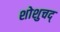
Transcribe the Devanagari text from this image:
शोशुचद्